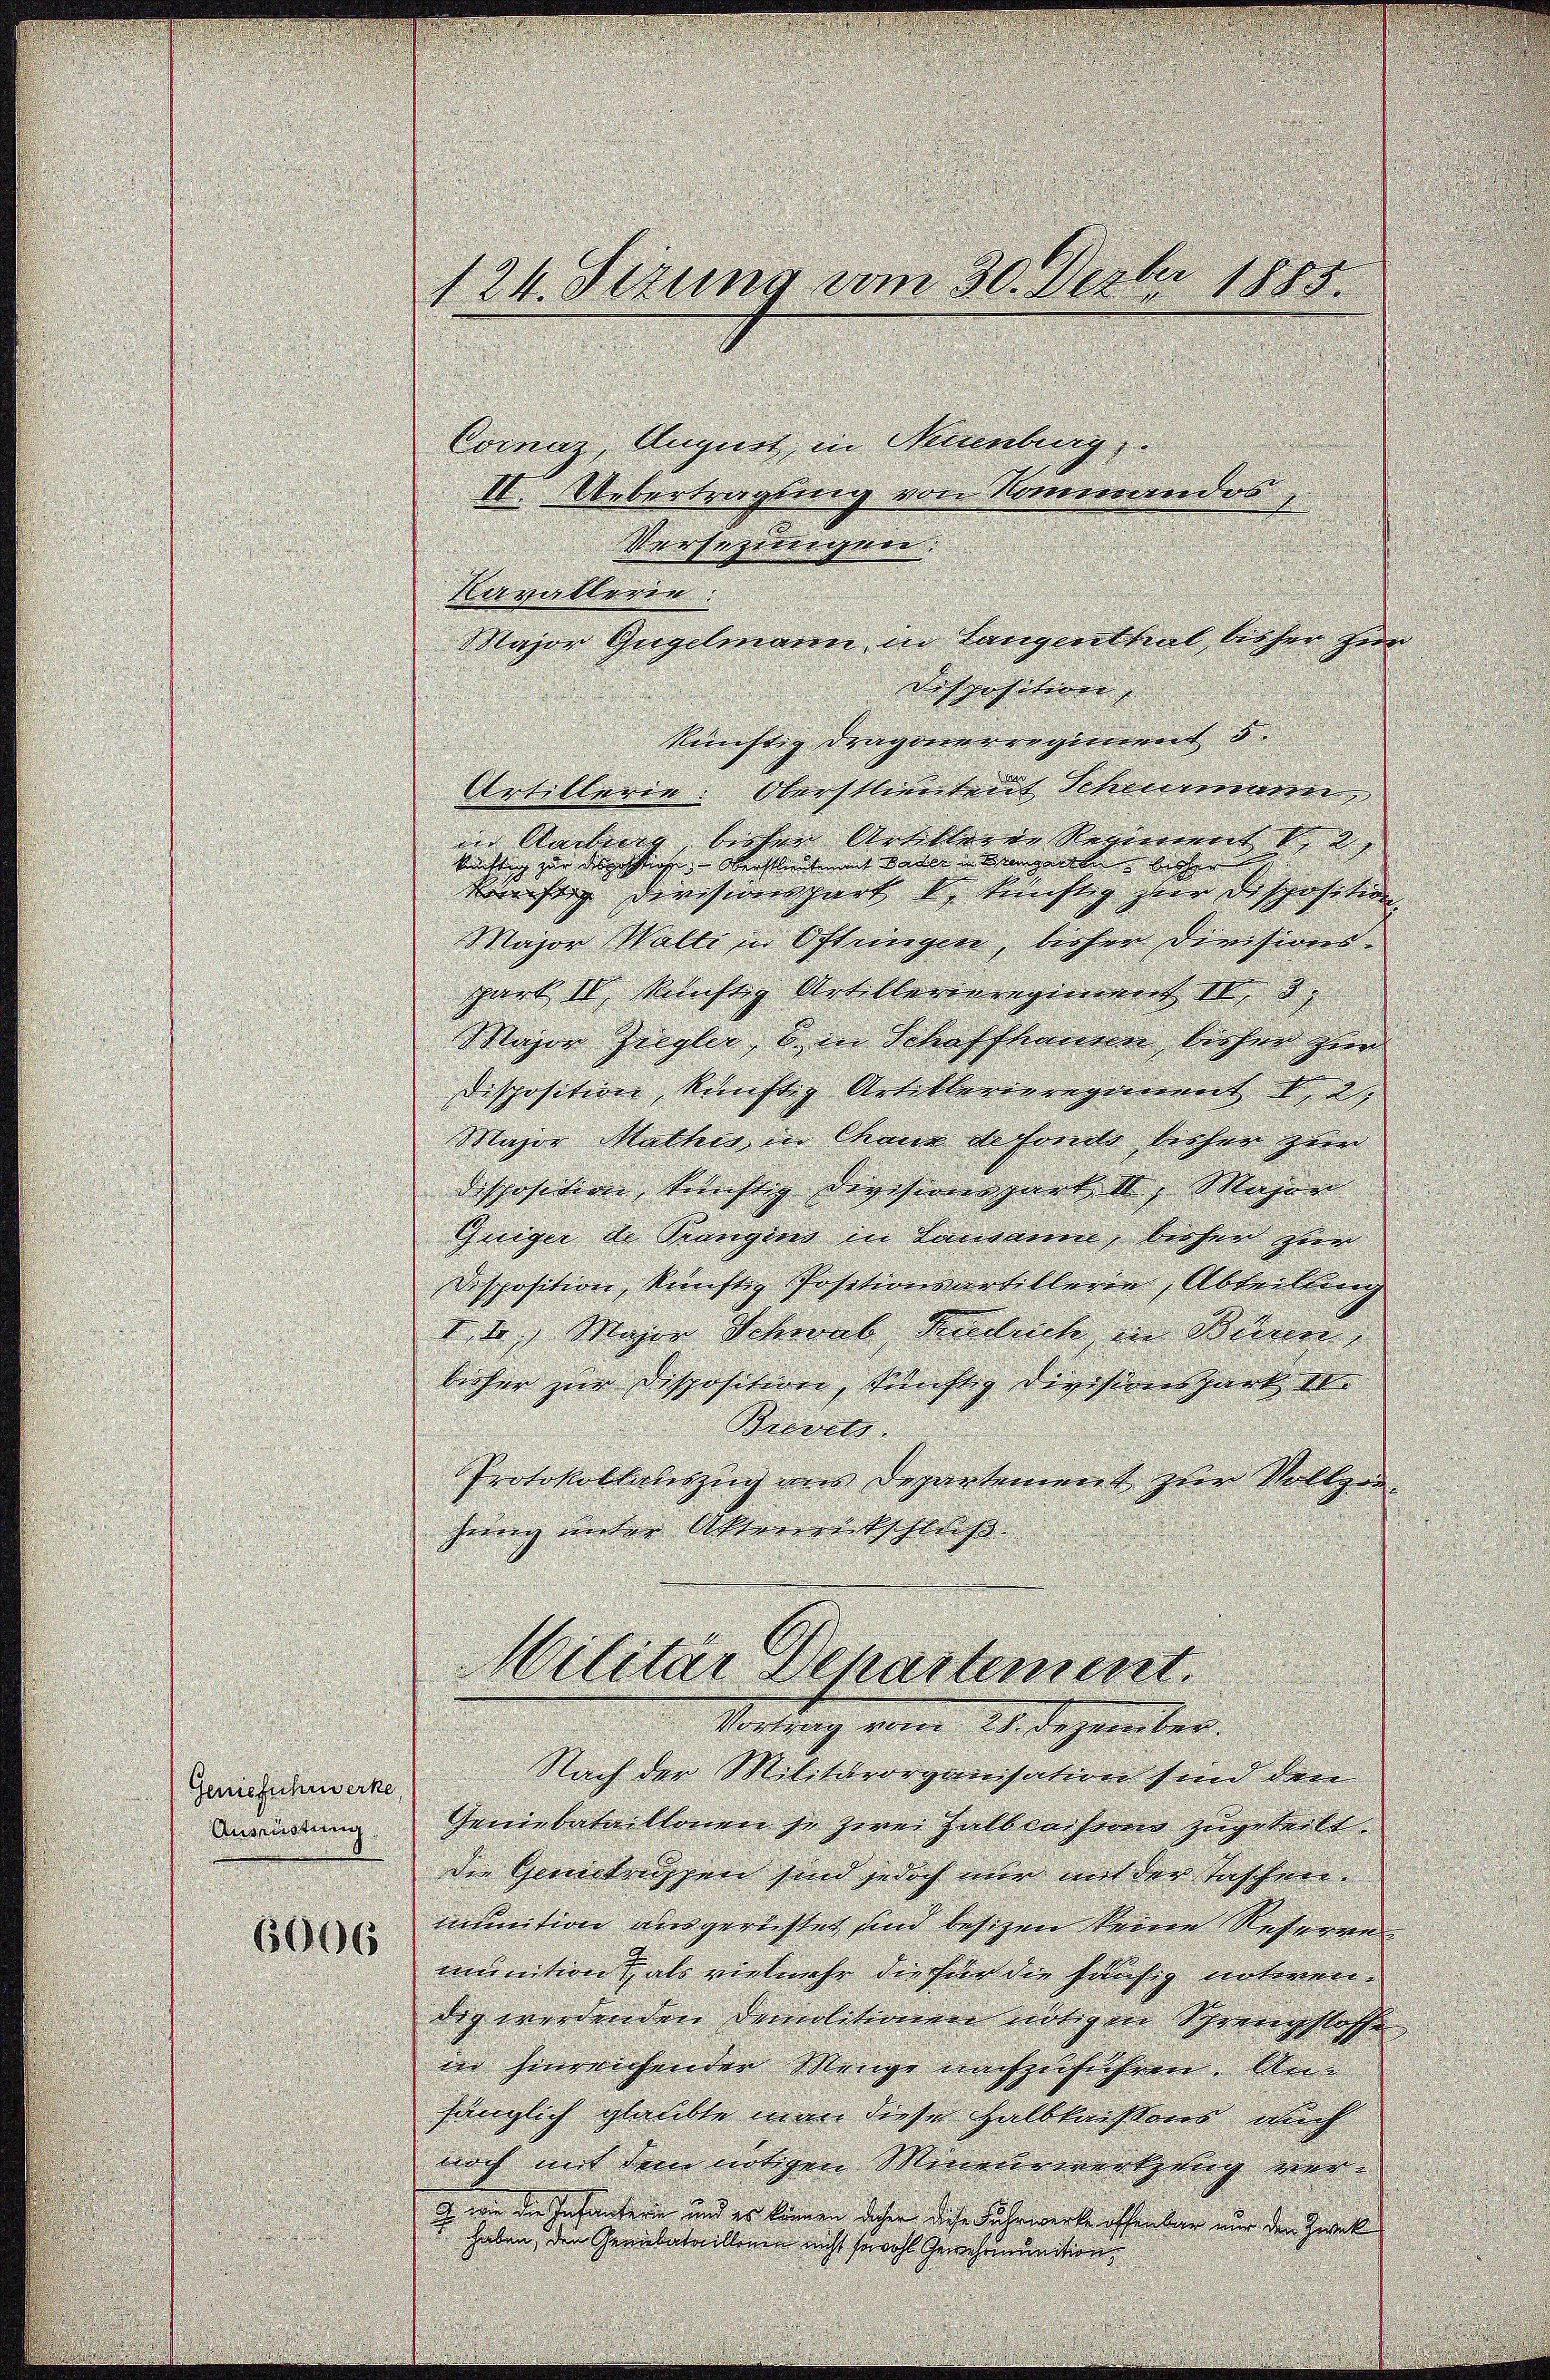
Geniefuhrwerke

6006

Cocnaz, August, in Neuenburg
II. Uebertragung von Nominandos
Versezungen.
Navallerie:
Major Gugelmann, in Langenthal, lieher zur
Disposition,
künftig Dragonerregiment 5.
Artillerie: Oberstlieutent Schemann,
in Aarburg, bisher Artilleren Revermet d. 2, |
küchtig zur durchstiche. Oberstlieuten aber u. bringeln bisher
könftig Devisionspart k. künftig zur Disposition
Major Walti in Oftringen, bisher Divisions-
park IV, künftig Artillerenregiment IV 3
Major Ziegler, u. in Schaffhausen, lieher zur
Disposition, künftig Artiklerieregiment I 2
Major Mathis, in Chaux de fondo liehen zum
disposition, künftig Divisionspart II. Majen
Guiger de Prangins in Lausanne, diesen zur
Disposition künftig Positionsartillerin, Abteilung
I, 2. Major Schwab, Tiedrich in Büren,
bisher zur Disposition, künftig Divisionspart u.
Brevets.
Protokollauszug aus Departement zur Vollziehung unter Aktverrückschluß
Militär Departement.
Vortrag vom 28. Dezember.
Nach der Militärorganisation sind den
Verirung Geniebataillonen je zwei Halbcaisse zugeteilt.
die Gemeistruppen sind jedoch nur mit der Taschen.
munition ausgerichtet sind besizen keine Reseren
munition als vielmehr die für die häufig notwendig werdenden Demolitionen nötigen Sprengstosse
in hinreichenden Menge nachzuführen. Anhänglich glaubte man diese Halbkaisens auch
noch mit dem nötigen Mineurwerthung nur
G wie die Infantern und es können daher diese Fuhrwerke offenbar nur der Zweck
 haben, den Geribataillonen nicht sowohl Gewohnunitions

124. Sizung vom 30. Dezbr 1885.